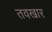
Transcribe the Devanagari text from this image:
तवखार